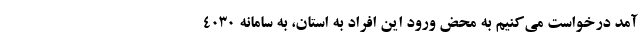
آمد درخواست می‌کنیم به محض ورود این افراد به استان، به سامانه 4030